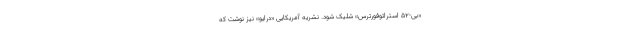
«بی-۵۲ استراتوفورترس» شلیک شود. نشریه آمریکایی «درایو» نیز نوشت که